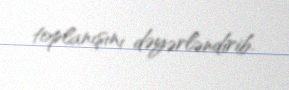
toplanışını dəyərləndirib.